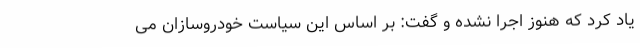
یاد کرد که هنوز اجرا نشده و گفت: بر اساس این سیاست خودروسازان می‌